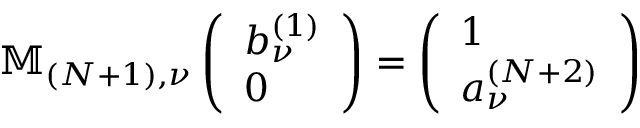
\mathbb { M } _ { ( N + 1 ) , \nu } \left( \begin{array} { l } { b _ { \nu } ^ { ( 1 ) } } \\ { 0 } \end{array} \right) = \left( \begin{array} { l } { 1 } \\ { a _ { \nu } ^ { ( N + 2 ) } } \end{array} \right)